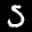
Label: 5